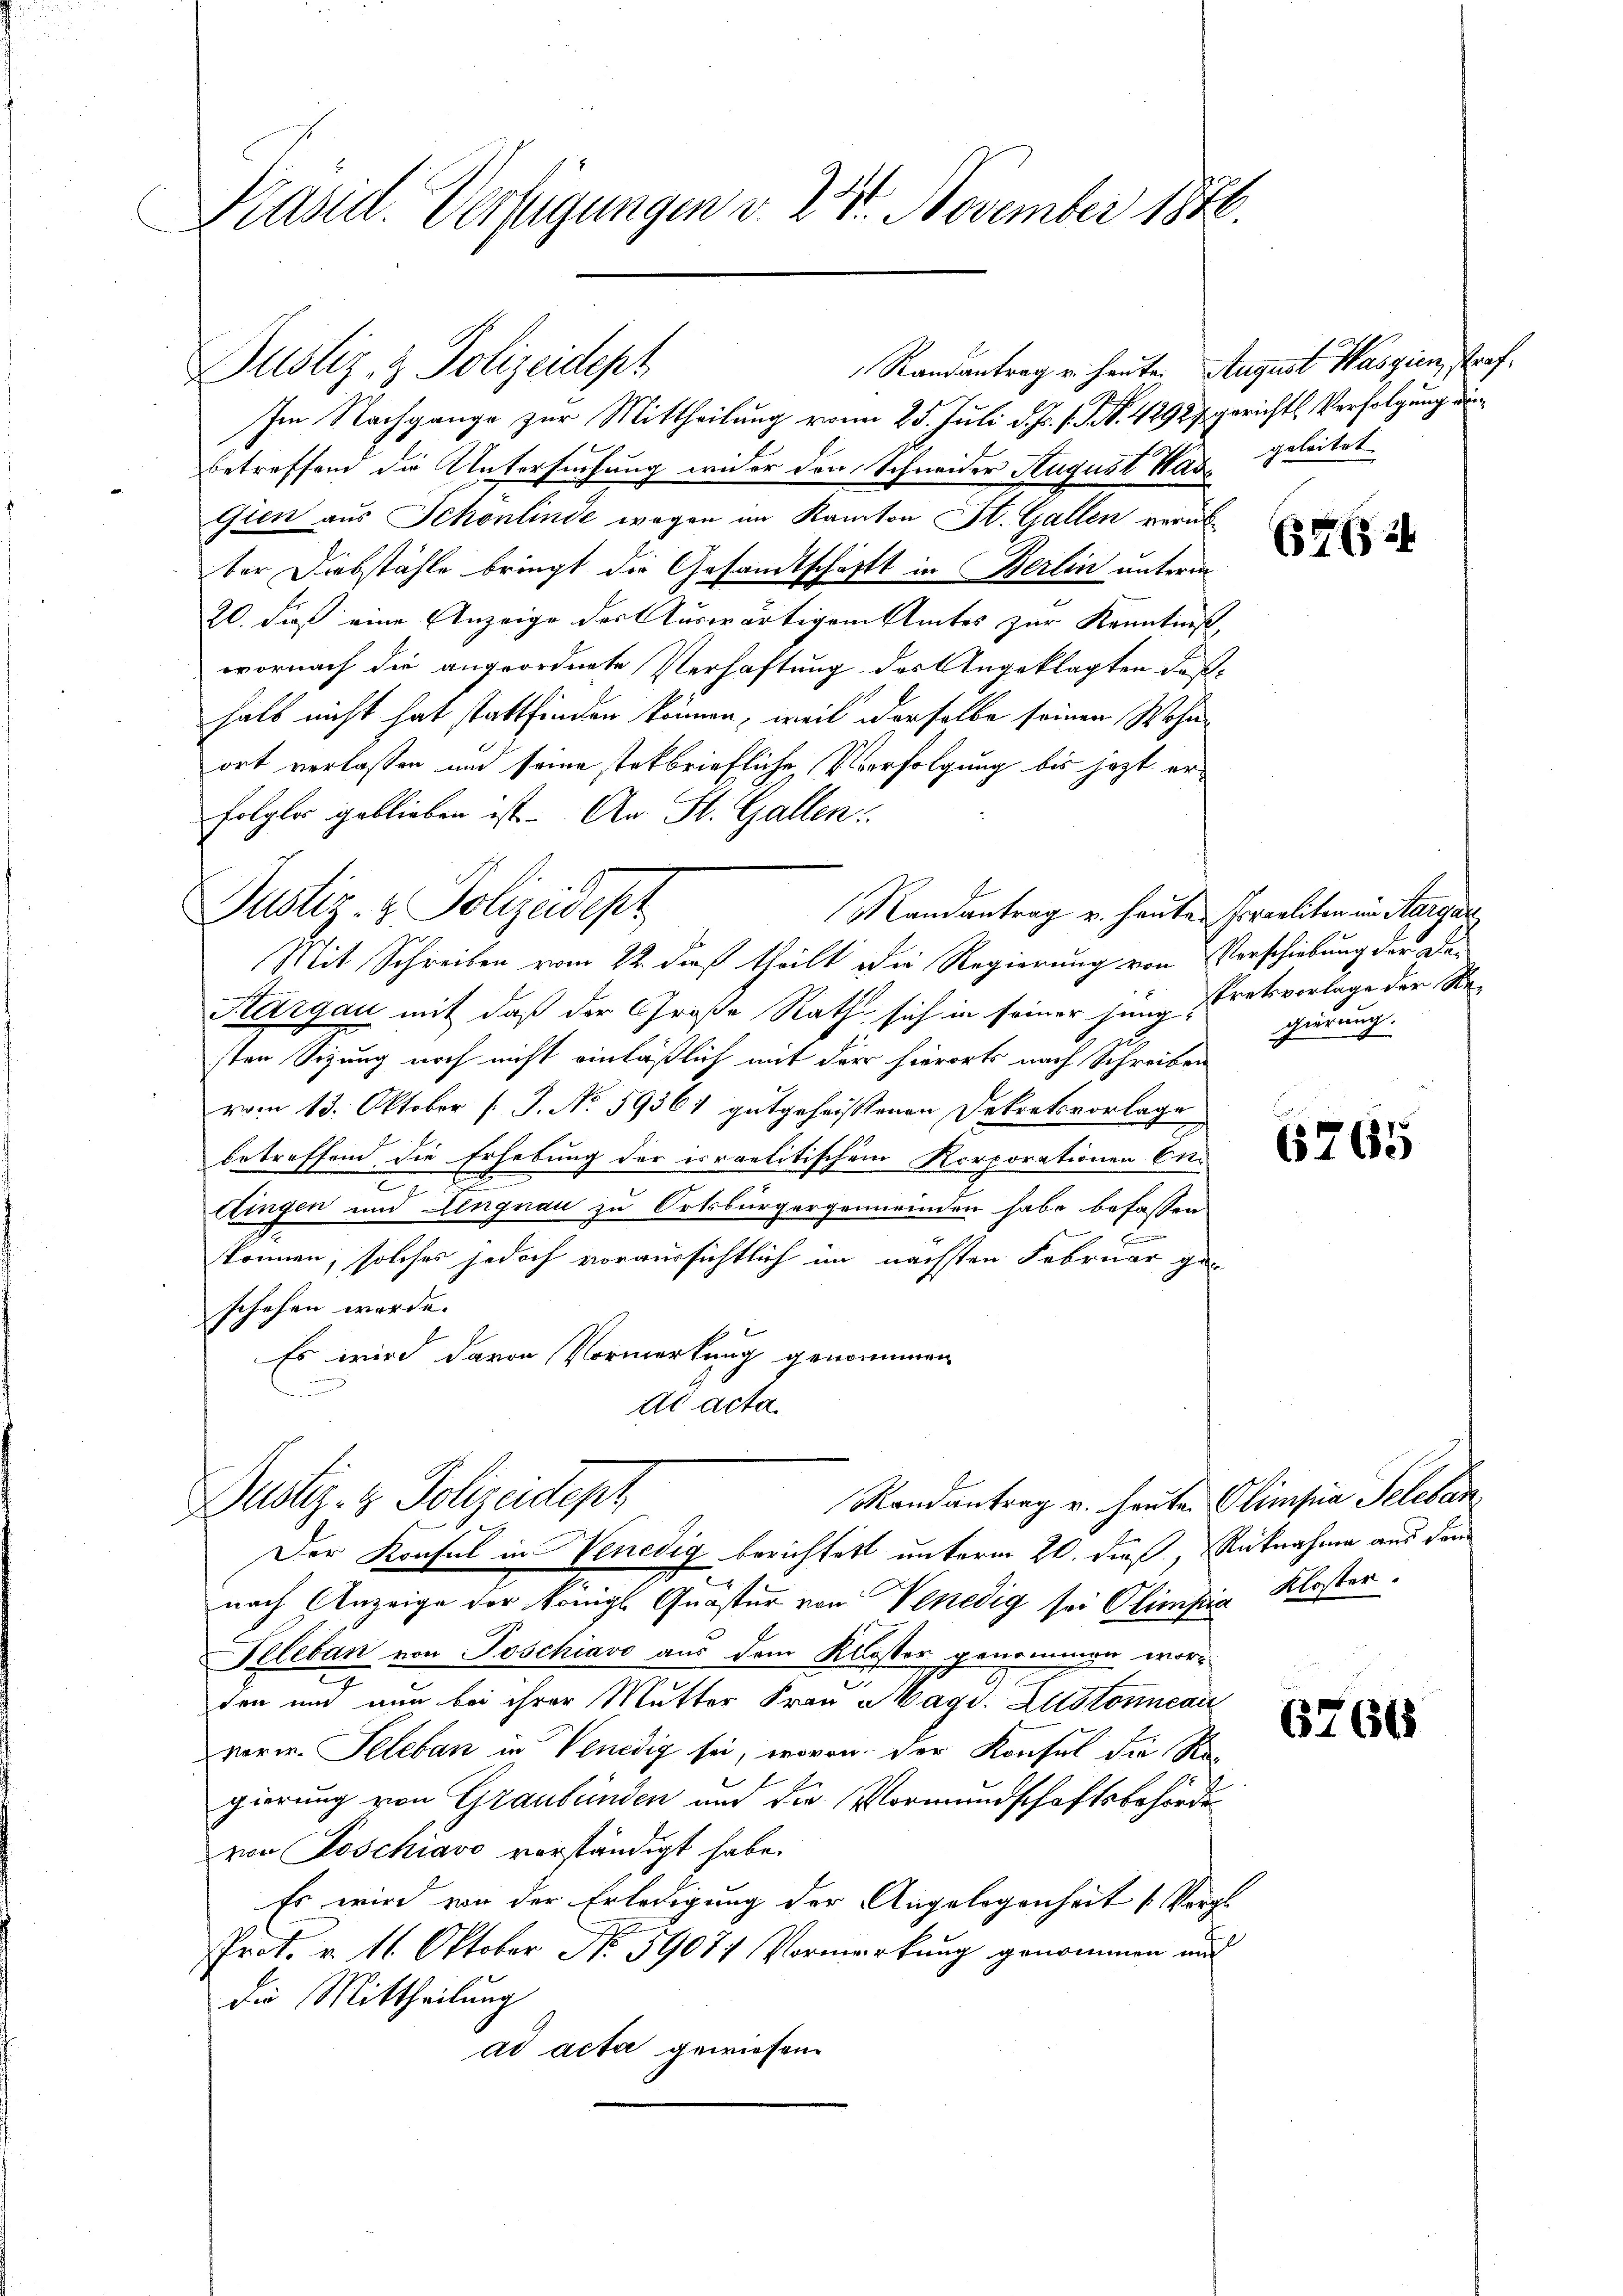
Kasel. Verfügungen d. 27. November 1846.

Justiz- & Polizeidept

Randantrag u. heute. August Wasgien, straf¬
Im Nachgange zur Mittheilung vom 25. Juli d. Js. s. S. S. 42927 gerichts Verfolgung de
betreffend die Untersuchung wider den Schneider August Was geleitet.
Gien aus Schonlinde wegen im Kanton St. Gallen verüb
ber Diebstähle bringt die Gesandtschaft in Berlin unterm
20. dieß eine Anzeige der Auswärtigem Amtes zur Kenntniß,
wornach die angeordnete Verhaftung des Angeklagten deßhalb nicht hat stattfinden können, weil derselbe seinen Wohnort verlassen und seine steckbriefliche Verfolgung bis jezt erfolglos geblieben ist. An St. Gallen:
Justiz- & Polizeidept
Mandantrag u. heuten Israeliten in Aargar
Mit Schreiben vom 22. dieß theilt die Regierung von Verschiebung der De¬
Thurgau mit daß der Große Rath sich in seiner jung Bretsvorlage der Re-
sten Sizung noch nicht einläßlich mit der hierorts nach Schreiben
vom 13. Oktober [ J. No 59361 gutgeheissenen Dekretsvorlage
betreffend die Erhebung der israelitischen Korporationen En
ttingen und Lengnau zu Ortsbürgergemeinden habe befassen
2
können, solches jedoch voraussichtlich im nächsten Februar geschehen werde.
Es wird davon Vormerkung genommen
de acta.

Dustiz- & Polizeidept
Der Konsul in Venedig berichtet unterm 20. dieß, Rücknahme aus dem

Randantrag u. heute Olimsia Seleban
nach Anzeige der Königl. Quaster von Venedig sei Olimpia Kloster.
Peleban von Poschiavo aus dem Kloster genommen worc
den und nun bei ihrer Mutter Frau Mags. Lustonne an
vorw. Peleban in Venedig sei, wovon der Konsul die Re
gierung von Graubünden und die Vormundschaftsbehörde
von Poschiavo vorständigt habe.
Es wird von der Erledigung der Angelegenheit (Vergl
Prof. v. 11. Oktober No. 59071 Vormerkung genommen und
Die Mittheilung
ad acta gewiesen

765

gierung.

6265

67618